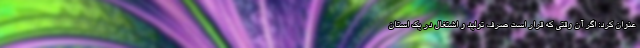
عنوان کرد: اگر آن وقتی که قرار است صرف تولید و اشتغال در یک استان